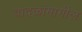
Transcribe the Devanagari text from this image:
वादळांमागील